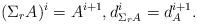
LaTeX: \begin{align*} (\Sigma_r A)^i = A^{i+1}, d_{\Sigma_r A}^i = d_A^{i+1}.\end{align*}